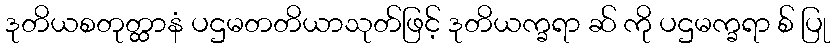
ဒုတိယစတုတ္ထာနံ ပဌမတတိယာသုတ်ဖြင့် ဒုတိယက္ခရာ ဆ် ကို ပဌမက္ခရာ စ် ပြု